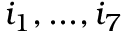
i _ { 1 } , . . . , i _ { 7 }